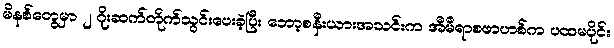
မိနစ်တွေမှာ ၂ ဂိုးဆက်တိုက်သွင်းပေးခဲ့ပြီး ဘော့စနီးယားအသင်းက အီမီရာစဖာဟစ်က ပထမပိုင်း